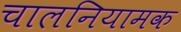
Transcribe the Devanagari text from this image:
चालनियामक